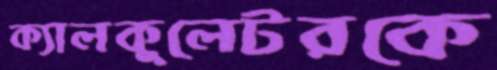
ক্যালকুলেটরকে